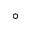
^ { \circ }